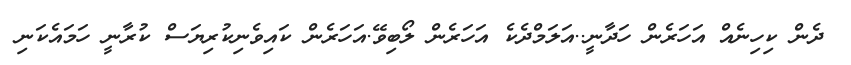
ދެން ކިހިނެއް އަހަރެން ހަދާނީ..އަލަމްދެކެ އަހަރެން ލޯބިވޭ.އަހަރެން ކައިވެނިކުރިޔަސް ކުރާނީ ހަމައެކަނި